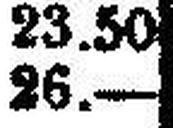
26.—